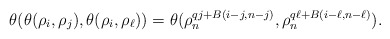
\begin{align*} \theta(\theta(\rho_{i}, \rho_{j}), \theta(\rho_{i}, \rho_{\ell}))=\theta(\rho_n^{qj+B(i-j,n-j)}, \rho_n^{q\ell+B(i-\ell,n-\ell)}). \end{align*}